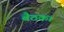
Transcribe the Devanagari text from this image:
बैठक।